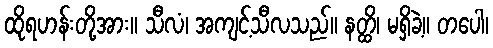
ထိုရဟန်းတို့အား။ သီလံ၊ အကျင့်သီလသည်။ နတ္ထိ၊ မရှိခဲ့။ တပေါ၊